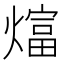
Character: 𬋋